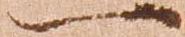
一